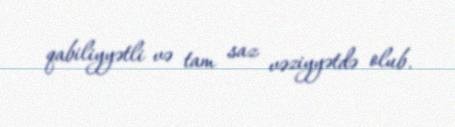
qabiliyyətli və tam saz vəziyyətdə olub.